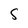
Character: S